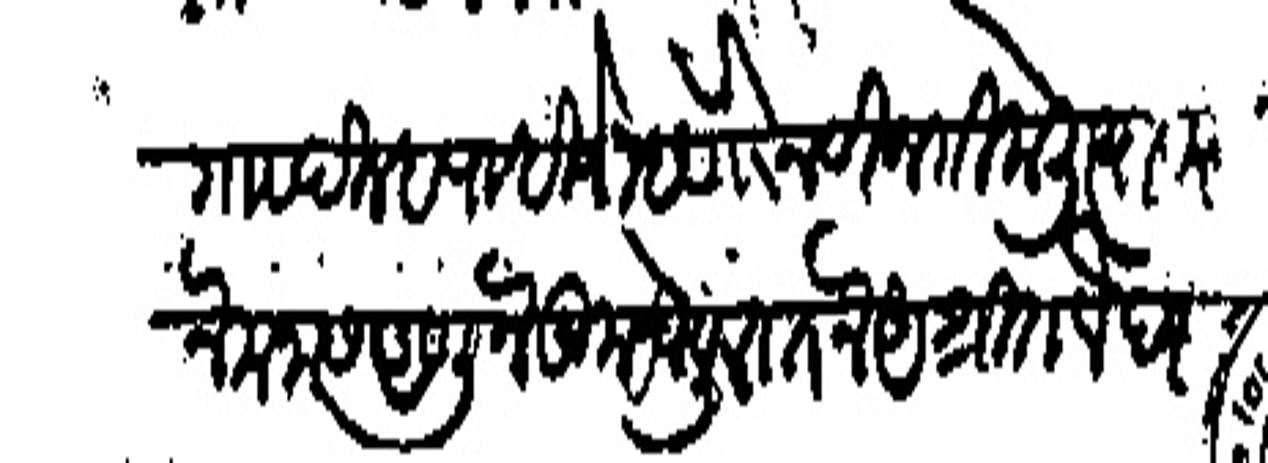
Transliteration (Devanagari): गाव दिल्हा पाहिजे म्हणोन विनंती केली त्यावरुन मनास आणून आमचे पुरातन आश्रीत वैद्य